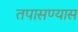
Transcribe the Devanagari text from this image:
तपासण्यास